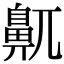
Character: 鼿